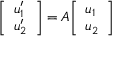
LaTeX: { \left[ \begin{array} { l } { u _ { 1 } ^ { \prime } } \\ { u _ { 2 } ^ { \prime } } \end{array} \right] } = A { \left[ \begin{array} { l } { u _ { 1 } } \\ { u _ { 2 } } \end{array} \right] }